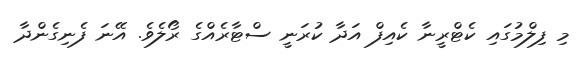
މި ފިލްމުގައި ކެޓްރީނާ ކެއިފް އަދާ ކުރަނީ ސްޓާރެއްގެ ރޯލެވެ. އޭނަ ފެނިގެންދާ